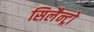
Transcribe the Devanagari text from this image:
सिलैन्ट्रो